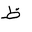
Letter: _za